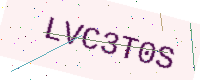
Text: LVC3T0S